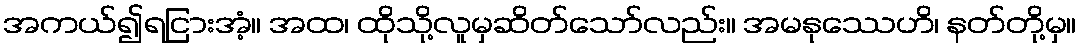
အကယ်၍ရငြားအံ့။ အထ၊ ထိုသို့လူမှဆိတ်သော်လည်း။ အမနုဿေဟိ၊ နတ်တို့မှ။